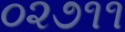
૦૨૭૧૧